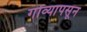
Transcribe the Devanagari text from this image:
गोव्यापसून